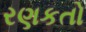
રણકતો